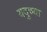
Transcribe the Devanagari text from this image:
यदुच्या